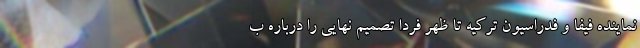
نماینده فیفا و فدراسیون ترکیه تا ظهر فردا تصمیم نهایی را درباره ب